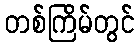
တစ်ကြိမ်တွင်